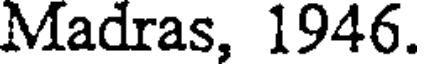
Madras, 1946.